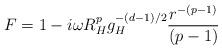
LaTeX: \begin{align*}F=1-i\omega R_H^pg_H^{-(d-1)/2}{r^{-(p-1)}\over (p-1)}\end{align*}